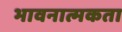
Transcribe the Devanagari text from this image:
भावनात्मकता